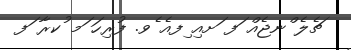
ޗެލެ ްނޖެއް ަފ ަށއި ިފއެ ެވ. ފުރިހަ ަމ ުކރާ ަފ